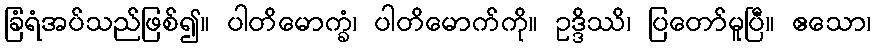
ခြံရံအပ်သည်ဖြစ်၍။ ပါတိမောက္ခံ၊ ပါတိမောက်ကို။ ဥဒ္ဒိဿိ၊ ပြတော်မူပြီ။ ဧသော၊